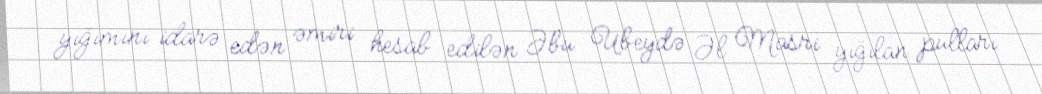
yığımını idarə edən əmiri hesab edilən Əbu Ubeydə Əl Masri yığılan pulları